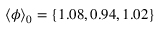
\langle \phi \rangle _ { 0 } = \{ 1 . 0 8 , 0 . 9 4 , 1 . 0 2 \}